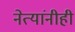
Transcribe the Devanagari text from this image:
नेत्यांनीही